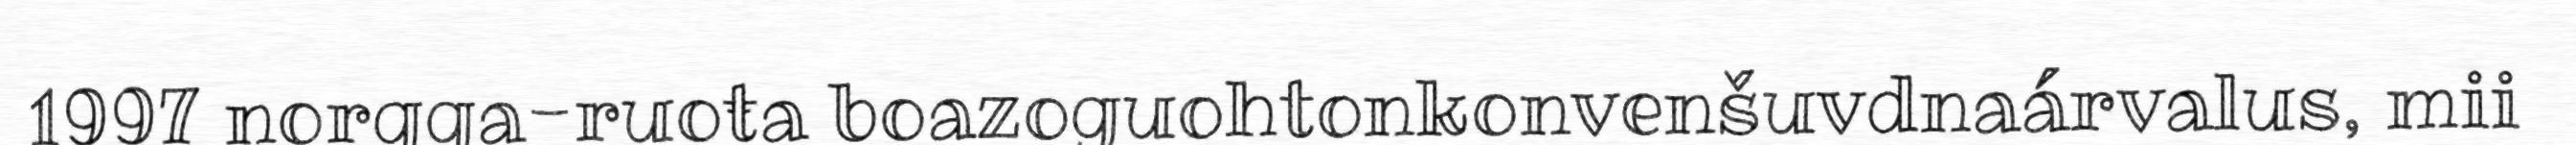
1997 norgga-ruoŧa boazoguohtonkonvenšuvdnaárvalus, mii